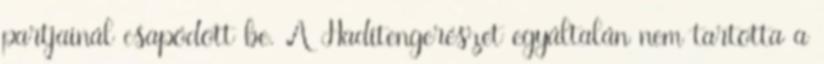
partjainál csapódott be. A Haditengerészet egyáltalán nem tartotta a